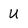
Character: U